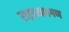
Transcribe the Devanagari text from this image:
राष्ट्राध्यक्षगण